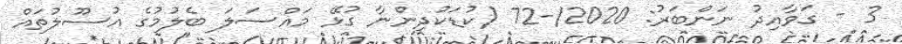
3 - ގަވާއިދު ނަންބަރު: 2020/-72 (ކުޑަކުދިންނާ ގުޅޭ މައްސަލަ ބެލުމުގެ އުސޫލުތައް